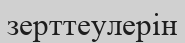
зерттеулерін